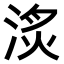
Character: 𣶋